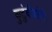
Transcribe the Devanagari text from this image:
कुटुंवीयांनी